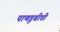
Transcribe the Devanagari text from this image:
पाणडूबीची